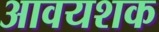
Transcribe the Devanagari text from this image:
आवयशक